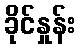
ခိုင်နှုန်း